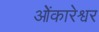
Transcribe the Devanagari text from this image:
ओेंकारेश्वर